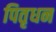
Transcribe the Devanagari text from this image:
पितृधन